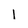
Character: l